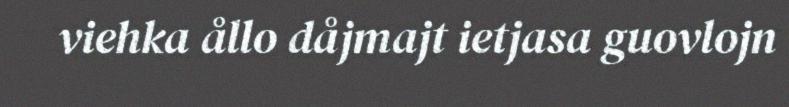
viehka ållo dåjmajt ietjasa guovlojn